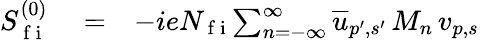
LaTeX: \begin{array}{rlr}{S_{\mathrm{~f~i~}}^{(0)}}&{{}=}&{-ieN_{\mathrm{~f~i~}}\! \sum_{n=-\infty}^{\infty}\overline{{u}}_{p^{\prime},s^{\prime}}\, M_{n}\, v_{p,s}}\end{array}